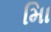
માિ